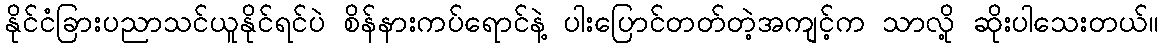
နိုင်ငံခြားပညာသင်ယူနိုင်ရင်ပဲ စိန်နားကပ်ရောင်နဲ့ ပါးပြောင်တတ်တဲ့အကျင့်က သာလို့ ဆိုးပါသေးတယ်။